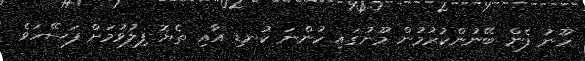
ހޫނު ފެން ބޭނުންކުރުމުން މޫނުގައި ހުންނަ ކުނޑި އާއި ތެޔޮ ފިލުވުމަށް ފަސޭހަވެ